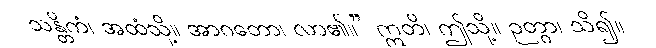
သန္တိကံ၊ အထံသို့။ အာဂတော၊ လာ၏။” ဣတိ၊ ဤသို့။ ဉတွာ၊ သိ၍။